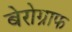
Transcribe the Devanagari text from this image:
बेरोग्राफ